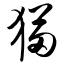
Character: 猫